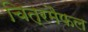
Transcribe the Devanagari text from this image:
चित्रमैफल